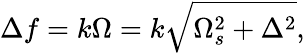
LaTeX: \Delta f=k\Omega=k\sqrt{\Omega_{s}^{2}+\Delta^{2}},